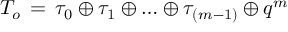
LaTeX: { \cal T } _ { o } \, = \, \tau _ { 0 } \oplus \tau _ { 1 } \oplus \ldots \oplus \tau _ { ( m - 1 ) } \oplus q ^ { m }